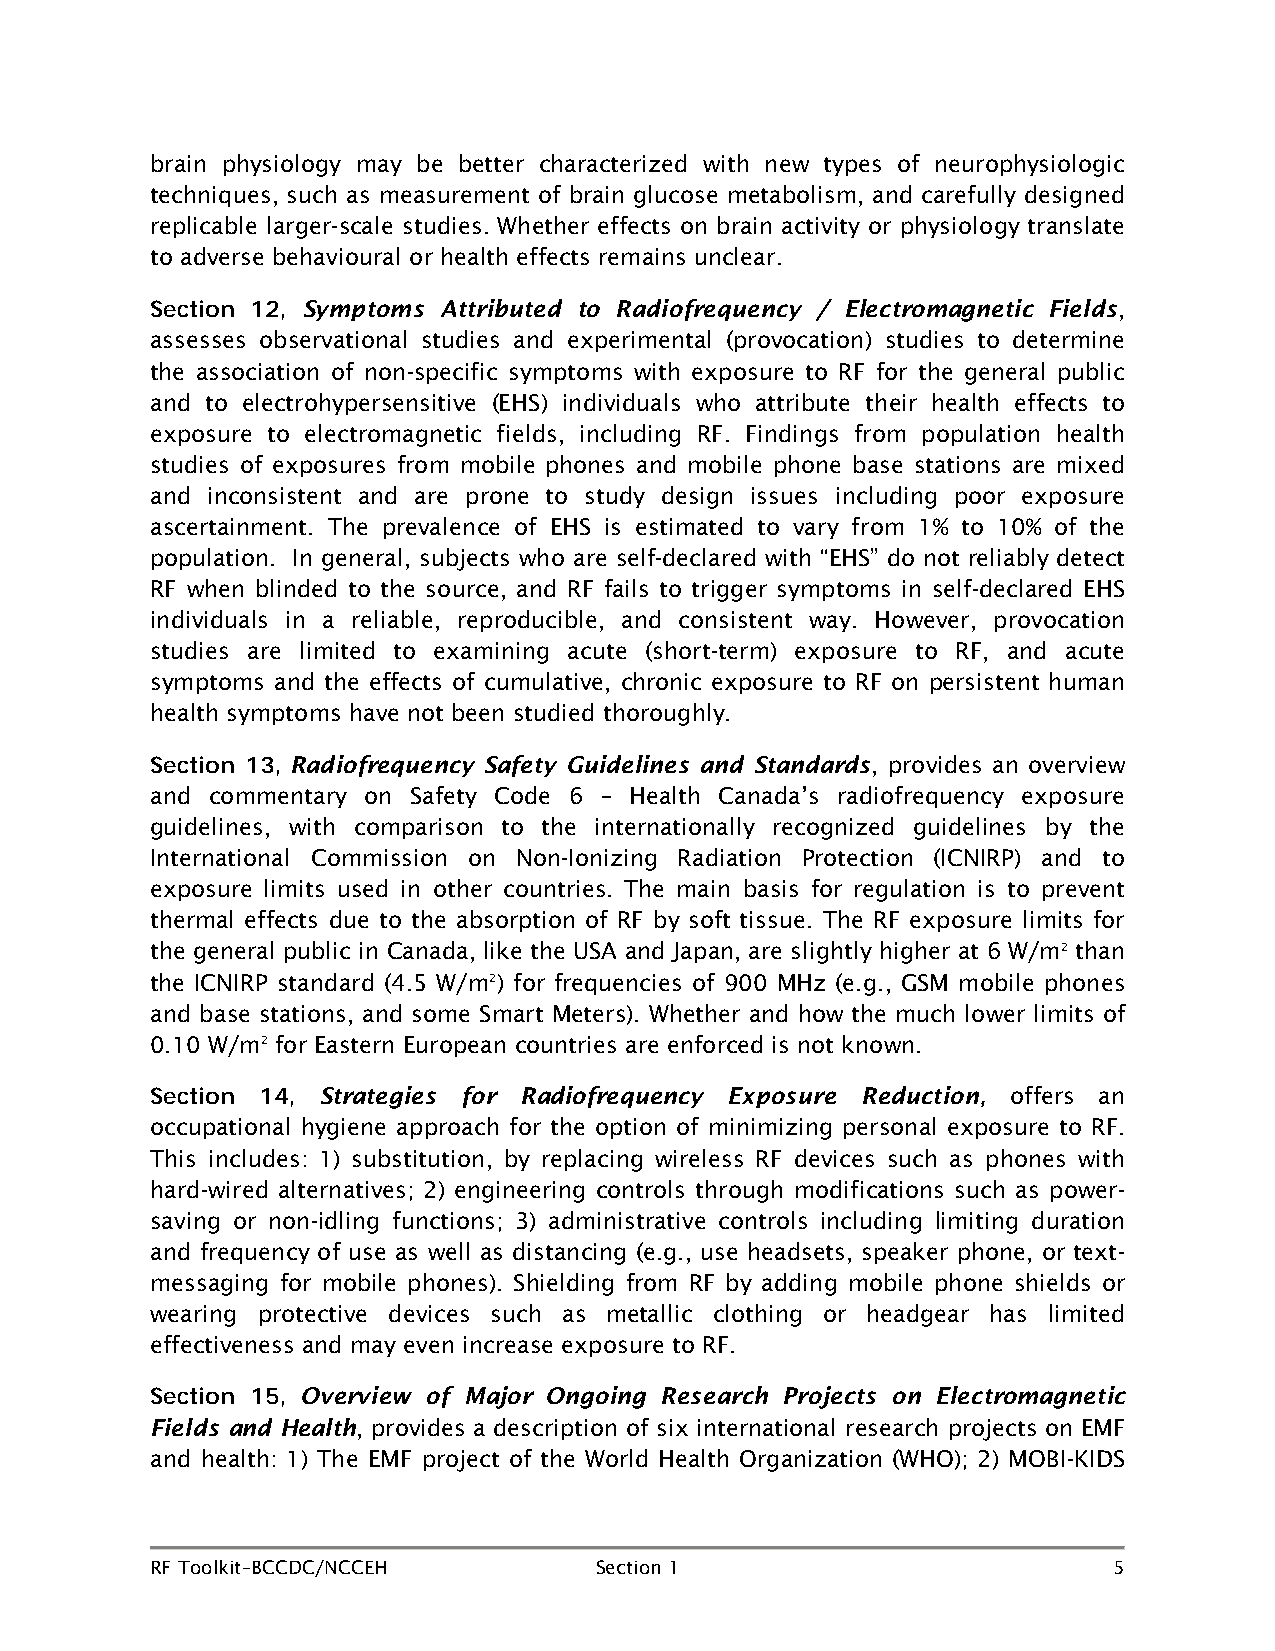
brain physiology may be better characterized with new types of neurophysiologic
 techniques, such as measurement of brain glucose metabolism, and carefully designed
 replicable larger-scale studies. Whether effects on brain activity or physiology translate
 to adverse behavioural or health effects remains unclear.
 Symptoms Attributed to Radiofrequency / Electromagnetic Fields,
 Section 12,
 assesses observational studies and experimental (provocation) studies to determine
 the association of non-specific symptoms with exposure to RF for the general public
 and to electrohypersensitive (EHS) individuals who attribute their health effects to
 exposure to electromagnetic fields, including RF. Findings from population health
 studies of exposures from mobile phones and mobile phone base stations are mixed
 and inconsistent and are prone to study design issues including poor exposure
 ascertainment. The prevalence of EHS is estimated to vary from 1% to 10% of the
 population. In general, subjects who are self-declared with “EHS” do not reliably detect
 RF when blinded to the source, and RF fails to trigger symptoms in self-declared EHS
 individuals in a reliable, reproducible, and consistent way. However, provocation
 studies are limited to examining acute (short-term) exposure to RF, and acute
 symptoms and the effects of cumulative, chronic exposure to RF on persistent human
 health symptoms have not been studied thoroughly.
 Radiofrequency Safety Guidelines and Standards, provides an overview
 Section 13,
 and commentary on Safety Code 6 – Health Canada’s radiofrequency exposure
 guidelines, with comparison to the internationally recognized guidelines by the
 International Commission on Non-Ionizing Radiation Protection (ICNIRP) and to
 exposure limits used in other countries. The main basis for regulation is to prevent
 thermal effects due to the absorption of RF by soft tissue. The RF exposure limits for
 the general public in Canada, like the USA and Japan, are slightly higher at 6 W/m2 than
 the ICNIRP standard (4.5 W/m2) for frequencies of 900 MHz (e.g., GSM mobile phones
 and base stations, and some Smart Meters). Whether and how the much lower limits of
 0.10 W/m2 for Eastern European countries are enforced is not known.
 Strategies for Radiofrequency Exposure Reduction, offers an
 Section 14,
 occupational hygiene approach for the option of minimizing personal exposure to RF.
 This includes: 1) substitution, by replacing wireless RF devices such as phones with
 hard-wired alternatives; 2) engineering controls through modifications such as power-
 saving or non-idling functions; 3) administrative controls including limiting duration
 and frequency of use as well as distancing (e.g., use headsets, speaker phone, or text-
 messaging for mobile phones). Shielding from RF by adding mobile phone shields or
 wearing protective devices such as metallic clothing or headgear has limited
 effectiveness and may even increase exposure to RF.
 Overview of Major Ongoing Research Projects on Electromagnetic
 Section 15,
 Fields and Health, provides a description of six international research projects on EMF
 and health: 1) The EMF project of the World Health Organization (WHO); 2) MOBI-KIDS
 RF Toolkit–BCCDC/NCCEH       Section 1                          5